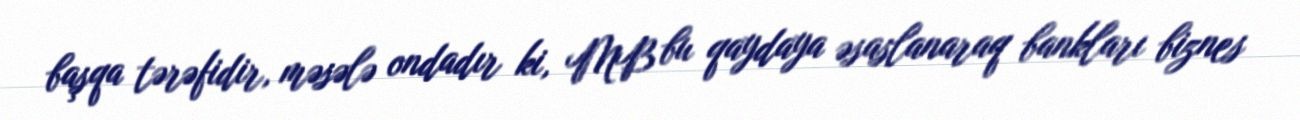
başqa tərəfidir, məsələ ondadır ki, MB bu qaydaya əsaslanaraq bankları biznes